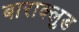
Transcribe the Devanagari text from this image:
बाराक्लुड